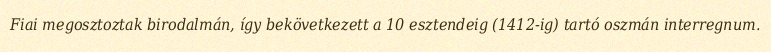
Fiai megosztoztak birodalmán, így bekövetkezett a 10 esztendeig (1412-ig) tartó oszmán interregnum.